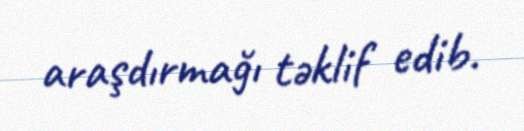
araşdırmağı təklif edib.